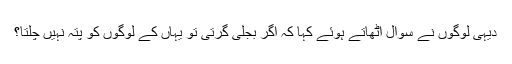
دیہی لوگوں نے سوال اٹھاتے ہوئے کہا کہ اگر بجلی گرتی تو یہاں کے لوگوں کو پتہ نہیں چلتا؟